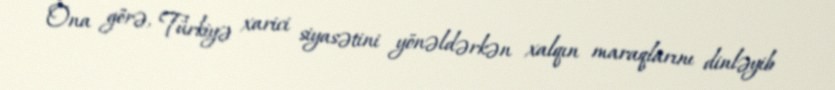
Ona görə, Türkiyə xarici siyasətini yönəldərkən xalqın maraqlarını dinləyib